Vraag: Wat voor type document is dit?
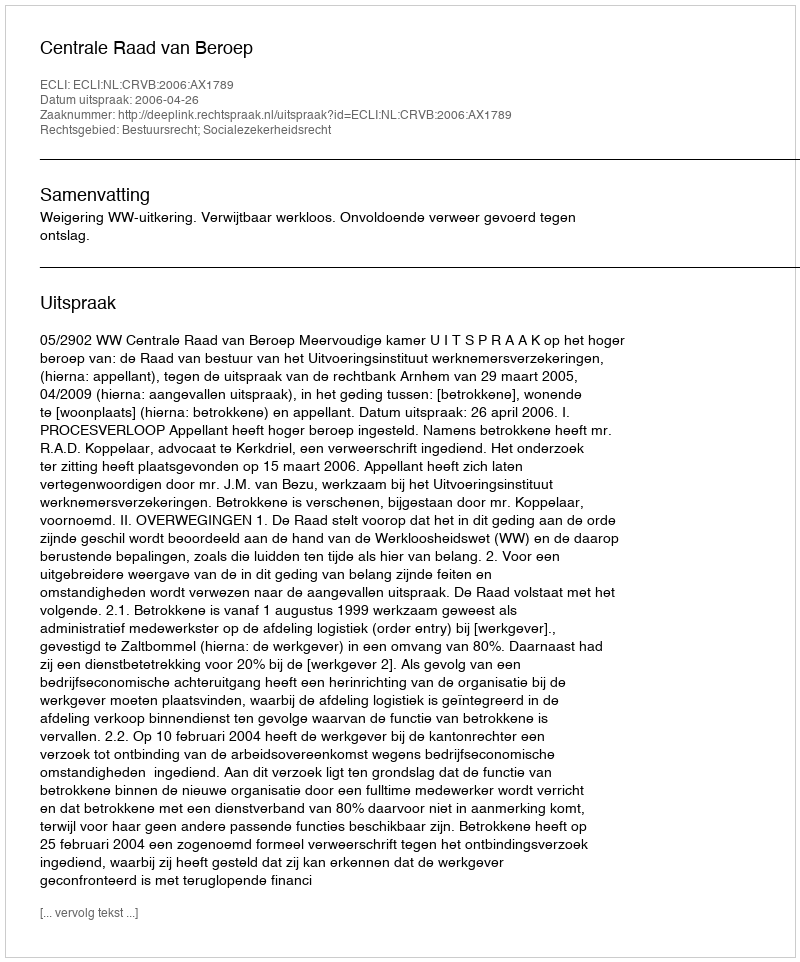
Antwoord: Uitspraak